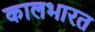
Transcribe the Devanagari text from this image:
कालभारत